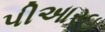
પીઆરઇ